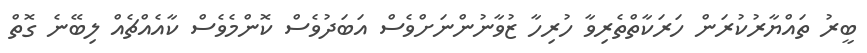
ބީރު ތައްޔާރުކުރަން ހަރަކާތްތެރިވާ ހުރިހާ ޒުވާނުންނަށްވެސް އަބަދުވެސް ކޮންމެވެސް ކާއެއްޗެއް ލިބޭނެ ގޮތް